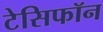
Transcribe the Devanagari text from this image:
टेसिफॉन